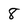
Character: 8